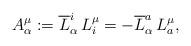
LaTeX: \begin{align*}A^{\mu}_{\alpha}:=\overline{L}^{i}_{\alpha}\,L^{\mu}_{i}=-\overline{L}^{a}_{\alpha}\,L^{\mu}_{a},\end{align*}